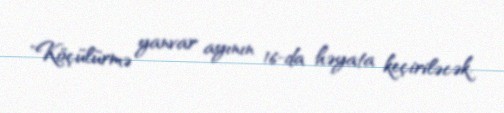
"Köçülürmə yanvar ayının 16-da həyata keçiriləcək.